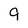
Character: 9